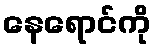
နေရောင်ကို